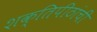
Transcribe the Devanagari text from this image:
शक्तिपीठांची